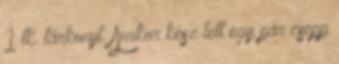
1 tk. tárkonyt. Amikor kész lett egy pár csepp